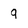
Character: 9